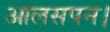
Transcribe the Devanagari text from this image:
आलसपन।